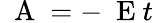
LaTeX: \mathrm{~\mathbf~A~}=-\mathrm{~\mathbf~E~}t